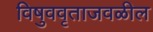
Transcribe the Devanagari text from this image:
विषुववृताजवळील